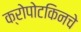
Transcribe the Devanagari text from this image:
क्रोपोटकिनचे